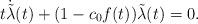
LaTeX: \begin{align*}t\dot{\tilde{\lambda}}(t) + (1-{c}_{0}f(t)) \tilde{\lambda}(t) =0.\end{align*}